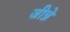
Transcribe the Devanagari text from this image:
जीन्ने